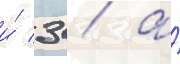
и́ 3 / а́